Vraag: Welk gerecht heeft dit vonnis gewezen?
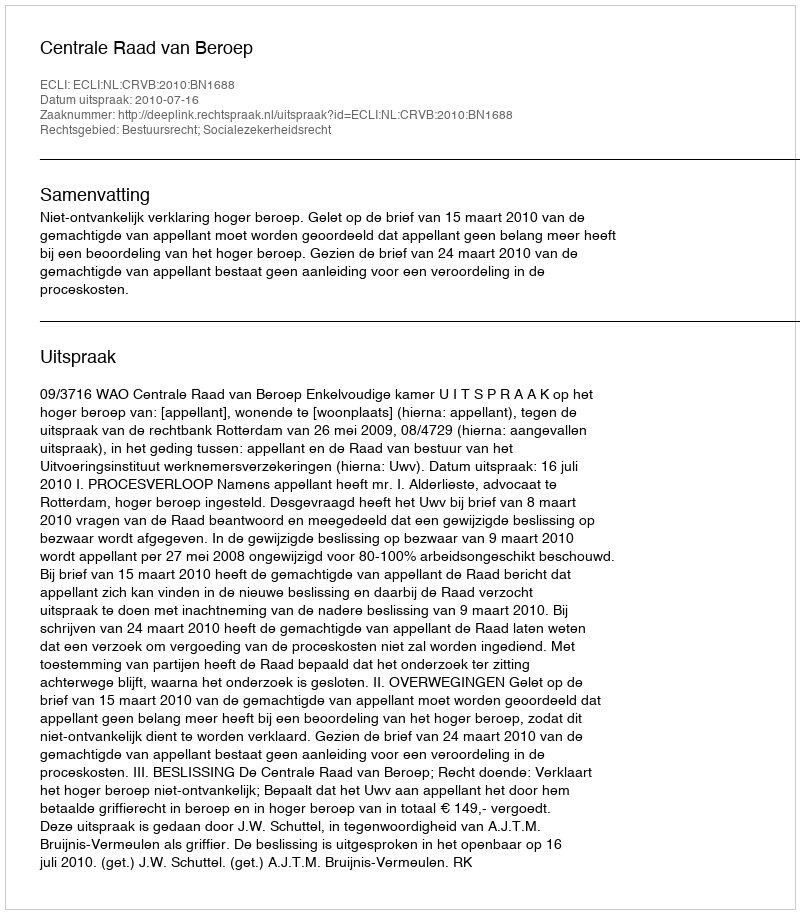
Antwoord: Centrale Raad van Beroep